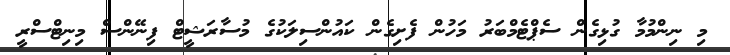
މި ނިންމުމާ ގުޅިގެން ސެޕްޓެމްބަރު މަހުން ފެށިގެން ކައުންސިލަކުގެ މުސާރަޝީޓް ފިނޭންސް މިނިޓްސްރީ